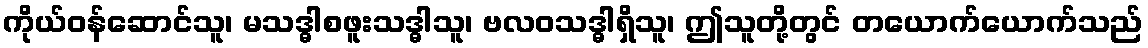
ကိုယ်ဝန်ဆောင်သူ၊ မသဒ္ဓါစဖူးသဒ္ဓါသူ၊ ဗလဝသဒ္ဓါရှိသူ၊ ဤသူတို့တွင် တယောက်ယောက်သည်